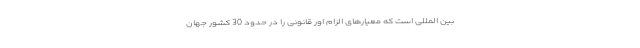
بین المللی است که معیارهای الزام اور قانونی را در حدود 30 کشور جهان